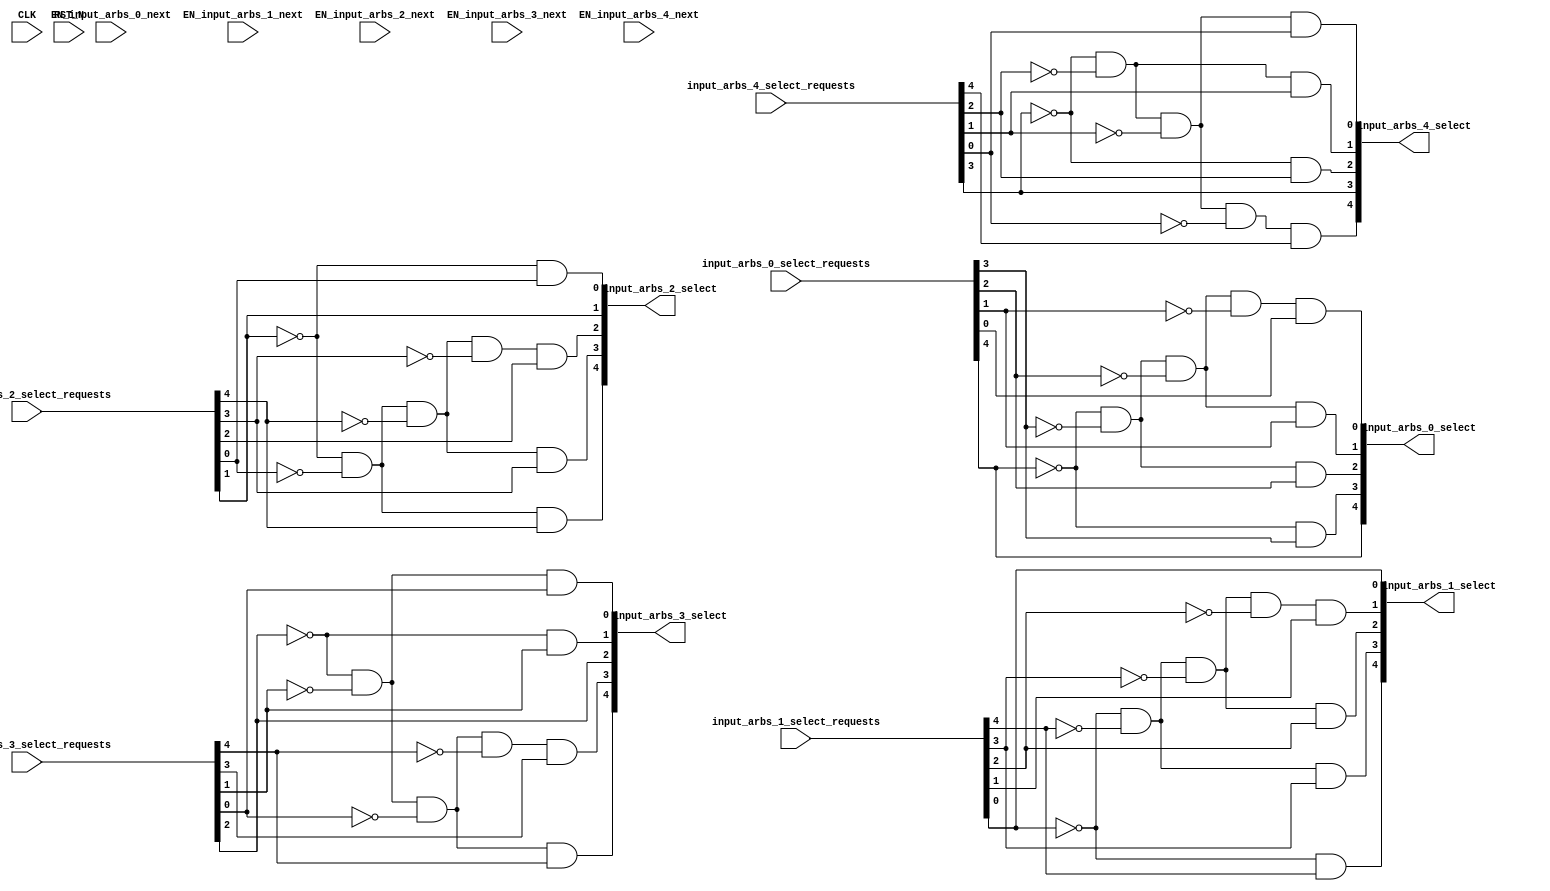


//--------Input arbiter module------------------

// Ports:
// Name                         I/O  size props
// input_arbs_0_select            O     5
// input_arbs_1_select            O     5
// input_arbs_2_select            O     5
// input_arbs_3_select            O     5
// input_arbs_4_select            O     5
// CLK                            I     1 unused
// RST_N                          I     1 unused
// input_arbs_0_select_requests   I     5
// input_arbs_1_select_requests   I     5
// input_arbs_2_select_requests   I     5
// input_arbs_3_select_requests   I     5
// input_arbs_4_select_requests   I     5
// EN_input_arbs_0_next           I     1 unused
// EN_input_arbs_1_next           I     1 unused
// EN_input_arbs_2_next           I     1 unused
// EN_input_arbs_3_next           I     1 unused
// EN_input_arbs_4_next           I     1 unused
//
// Combinational paths from inputs to outputs:
//   input_arbs_0_select_requests -> input_arbs_0_select
//   input_arbs_1_select_requests -> input_arbs_1_select
//   input_arbs_2_select_requests -> input_arbs_2_select
//   input_arbs_3_select_requests -> input_arbs_3_select
//   input_arbs_4_select_requests -> input_arbs_4_select
//
//

`ifdef BSV_ASSIGNMENT_DELAY
`else
`define BSV_ASSIGNMENT_DELAY
`endif

module InputArbiter(CLK,
				   RST_N,

				   input_arbs_0_select_requests,
				   input_arbs_0_select,

				   EN_input_arbs_0_next,

				   input_arbs_1_select_requests,
				   input_arbs_1_select,

				   EN_input_arbs_1_next,

				   input_arbs_2_select_requests,
				   input_arbs_2_select,

				   EN_input_arbs_2_next,

				   input_arbs_3_select_requests,
				   input_arbs_3_select,

				   EN_input_arbs_3_next,

				   input_arbs_4_select_requests,
				   input_arbs_4_select,

				   EN_input_arbs_4_next);
  input  CLK;
  input  RST_N;

  // value method input_arbs_0_select
  input  [4 : 0] input_arbs_0_select_requests;
  output [4 : 0] input_arbs_0_select;

  // action method input_arbs_0_next
  input  EN_input_arbs_0_next;

  // value method input_arbs_1_select
  input  [4 : 0] input_arbs_1_select_requests;
  output [4 : 0] input_arbs_1_select;

  // action method input_arbs_1_next
  input  EN_input_arbs_1_next;

  // value method input_arbs_2_select
  input  [4 : 0] input_arbs_2_select_requests;
  output [4 : 0] input_arbs_2_select;

  // action method input_arbs_2_next
  input  EN_input_arbs_2_next;

  // value method input_arbs_3_select
  input  [4 : 0] input_arbs_3_select_requests;
  output [4 : 0] input_arbs_3_select;

  // action method input_arbs_3_next
  input  EN_input_arbs_3_next;

  // value method input_arbs_4_select
  input  [4 : 0] input_arbs_4_select_requests;
  output [4 : 0] input_arbs_4_select;

  // action method input_arbs_4_next
  input  EN_input_arbs_4_next;

  // signals for module outputs
  wire [4 : 0] input_arbs_0_select,
	       input_arbs_1_select,
	       input_arbs_2_select,
	       input_arbs_3_select,
	       input_arbs_4_select;

  // value method input_arbs_0_select
  assign input_arbs_0_select =
	     { input_arbs_0_select_requests[4],
	       !input_arbs_0_select_requests[4] &&
	       input_arbs_0_select_requests[3],
	       !input_arbs_0_select_requests[4] &&
	       !input_arbs_0_select_requests[3] &&
	       input_arbs_0_select_requests[2],
	       !input_arbs_0_select_requests[4] &&
	       !input_arbs_0_select_requests[3] &&
	       !input_arbs_0_select_requests[2] &&
	       input_arbs_0_select_requests[1],
	       !input_arbs_0_select_requests[4] &&
	       !input_arbs_0_select_requests[3] &&
	       !input_arbs_0_select_requests[2] &&
	       !input_arbs_0_select_requests[1] &&
	       input_arbs_0_select_requests[0] } ;

  // value method input_arbs_1_select
  assign input_arbs_1_select =
	     { !input_arbs_1_select_requests[0] &&
	       input_arbs_1_select_requests[4],
	       !input_arbs_1_select_requests[0] &&
	       !input_arbs_1_select_requests[4] &&
	       input_arbs_1_select_requests[3],
	       !input_arbs_1_select_requests[0] &&
	       !input_arbs_1_select_requests[4] &&
	       !input_arbs_1_select_requests[3] &&
	       input_arbs_1_select_requests[2],
	       !input_arbs_1_select_requests[0] &&
	       !input_arbs_1_select_requests[4] &&
	       !input_arbs_1_select_requests[3] &&
	       !input_arbs_1_select_requests[2] &&
	       input_arbs_1_select_requests[1],
	       input_arbs_1_select_requests[0] } ;

  // value method input_arbs_2_select
  assign input_arbs_2_select =
	     { !input_arbs_2_select_requests[1] &&
	       !input_arbs_2_select_requests[0] &&
	       input_arbs_2_select_requests[4],
	       !input_arbs_2_select_requests[1] &&
	       !input_arbs_2_select_requests[0] &&
	       !input_arbs_2_select_requests[4] &&
	       input_arbs_2_select_requests[3],
	       !input_arbs_2_select_requests[1] &&
	       !input_arbs_2_select_requests[0] &&
	       !input_arbs_2_select_requests[4] &&
	       !input_arbs_2_select_requests[3] &&
	       input_arbs_2_select_requests[2],
	       input_arbs_2_select_requests[1],
	       !input_arbs_2_select_requests[1] &&
	       input_arbs_2_select_requests[0] } ;

  // value method input_arbs_3_select
  assign input_arbs_3_select =
	     { !input_arbs_3_select_requests[2] &&
	       !input_arbs_3_select_requests[1] &&
	       !input_arbs_3_select_requests[0] &&
	       input_arbs_3_select_requests[4],
	       !input_arbs_3_select_requests[2] &&
	       !input_arbs_3_select_requests[1] &&
	       !input_arbs_3_select_requests[0] &&
	       !input_arbs_3_select_requests[4] &&
	       input_arbs_3_select_requests[3],
	       input_arbs_3_select_requests[2],
	       !input_arbs_3_select_requests[2] &&
	       input_arbs_3_select_requests[1],
	       !input_arbs_3_select_requests[2] &&
	       !input_arbs_3_select_requests[1] &&
	       input_arbs_3_select_requests[0] } ;

  // value method input_arbs_4_select
  assign input_arbs_4_select =
	     { !input_arbs_4_select_requests[3] &&
	       !input_arbs_4_select_requests[2] &&
	       !input_arbs_4_select_requests[1] &&
	       !input_arbs_4_select_requests[0] &&
	       input_arbs_4_select_requests[4],
	       input_arbs_4_select_requests[3],
	       !input_arbs_4_select_requests[3] &&
	       input_arbs_4_select_requests[2],
	       !input_arbs_4_select_requests[3] &&
	       !input_arbs_4_select_requests[2] &&
	       input_arbs_4_select_requests[1],
	       !input_arbs_4_select_requests[3] &&
	       !input_arbs_4_select_requests[2] &&
	       !input_arbs_4_select_requests[1] &&
	       input_arbs_4_select_requests[0] } ;
endmodule  // mkRouterInputArbitersStatic